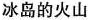
冰岛的火山